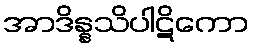
အာဒိန္နသိပါဋိကော